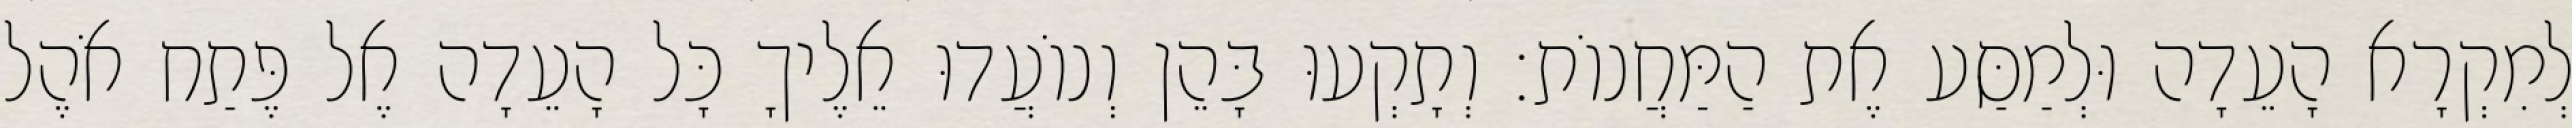
לְמִקְרָא הָעֵדָה וּלְמַסַּע אֶת הַמַּחֲנוֹת׃ וְתָקְעוּ בָּהֵן וְנוֹעֲדוּ אֵלֶיךָ כָּל הָעֵדָה אֶל פֶּתַח אֹהֶל